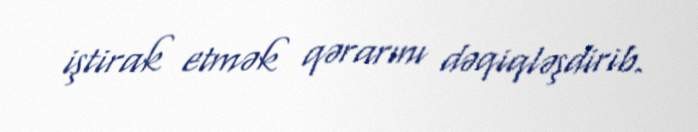
iştirak etmək qərarını dəqiqləşdirib.